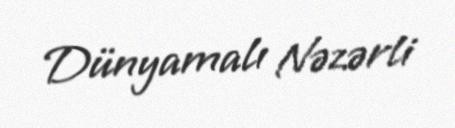
Dünyamalı Nəzərli